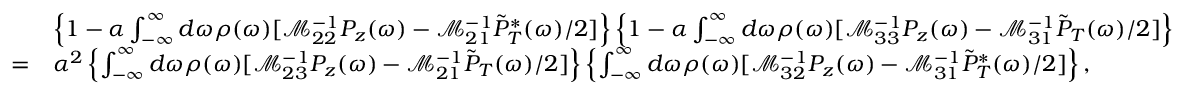
\begin{array} { r l } & { \left\{ 1 - \alpha \int _ { - \infty } ^ { \infty } d \omega \rho ( \omega ) [ \mathcal M _ { 2 2 } ^ { - 1 } P _ { z } ( \omega ) - \mathcal M _ { 2 1 } ^ { - 1 } \tilde { P } _ { T } ^ { * } ( \omega ) / 2 ] \right\} \left\{ 1 - \alpha \int _ { - \infty } ^ { \infty } d \omega \rho ( \omega ) [ \mathcal M _ { 3 3 } ^ { - 1 } P _ { z } ( \omega ) - \mathcal M _ { 3 1 } ^ { - 1 } \tilde { P } _ { T } ( \omega ) / 2 ] \right\} } \\ { = } & { \alpha ^ { 2 } \left\{ \int _ { - \infty } ^ { \infty } d \omega \rho ( \omega ) [ \mathcal M _ { 2 3 } ^ { - 1 } P _ { z } ( \omega ) - \mathcal M _ { 2 1 } ^ { - 1 } \tilde { P } _ { T } ( \omega ) / 2 ] \right\} \left\{ \int _ { - \infty } ^ { \infty } d \omega \rho ( \omega ) [ \mathcal M _ { 3 2 } ^ { - 1 } P _ { z } ( \omega ) - \mathcal M _ { 3 1 } ^ { - 1 } \tilde { P } _ { T } ^ { * } ( \omega ) / 2 ] \right\} , } \end{array}